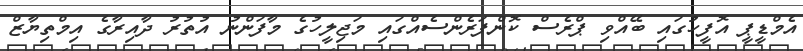
އެމްޑީޕީ އޮފީހުގައި ބޭއްވި ޕްރެސް ކޮންފަރެންސެއްގައި މަޖިލީހުގެ މާފަންނު އުތުރު ދާއިރާގެ އިމްތިޔާޒް